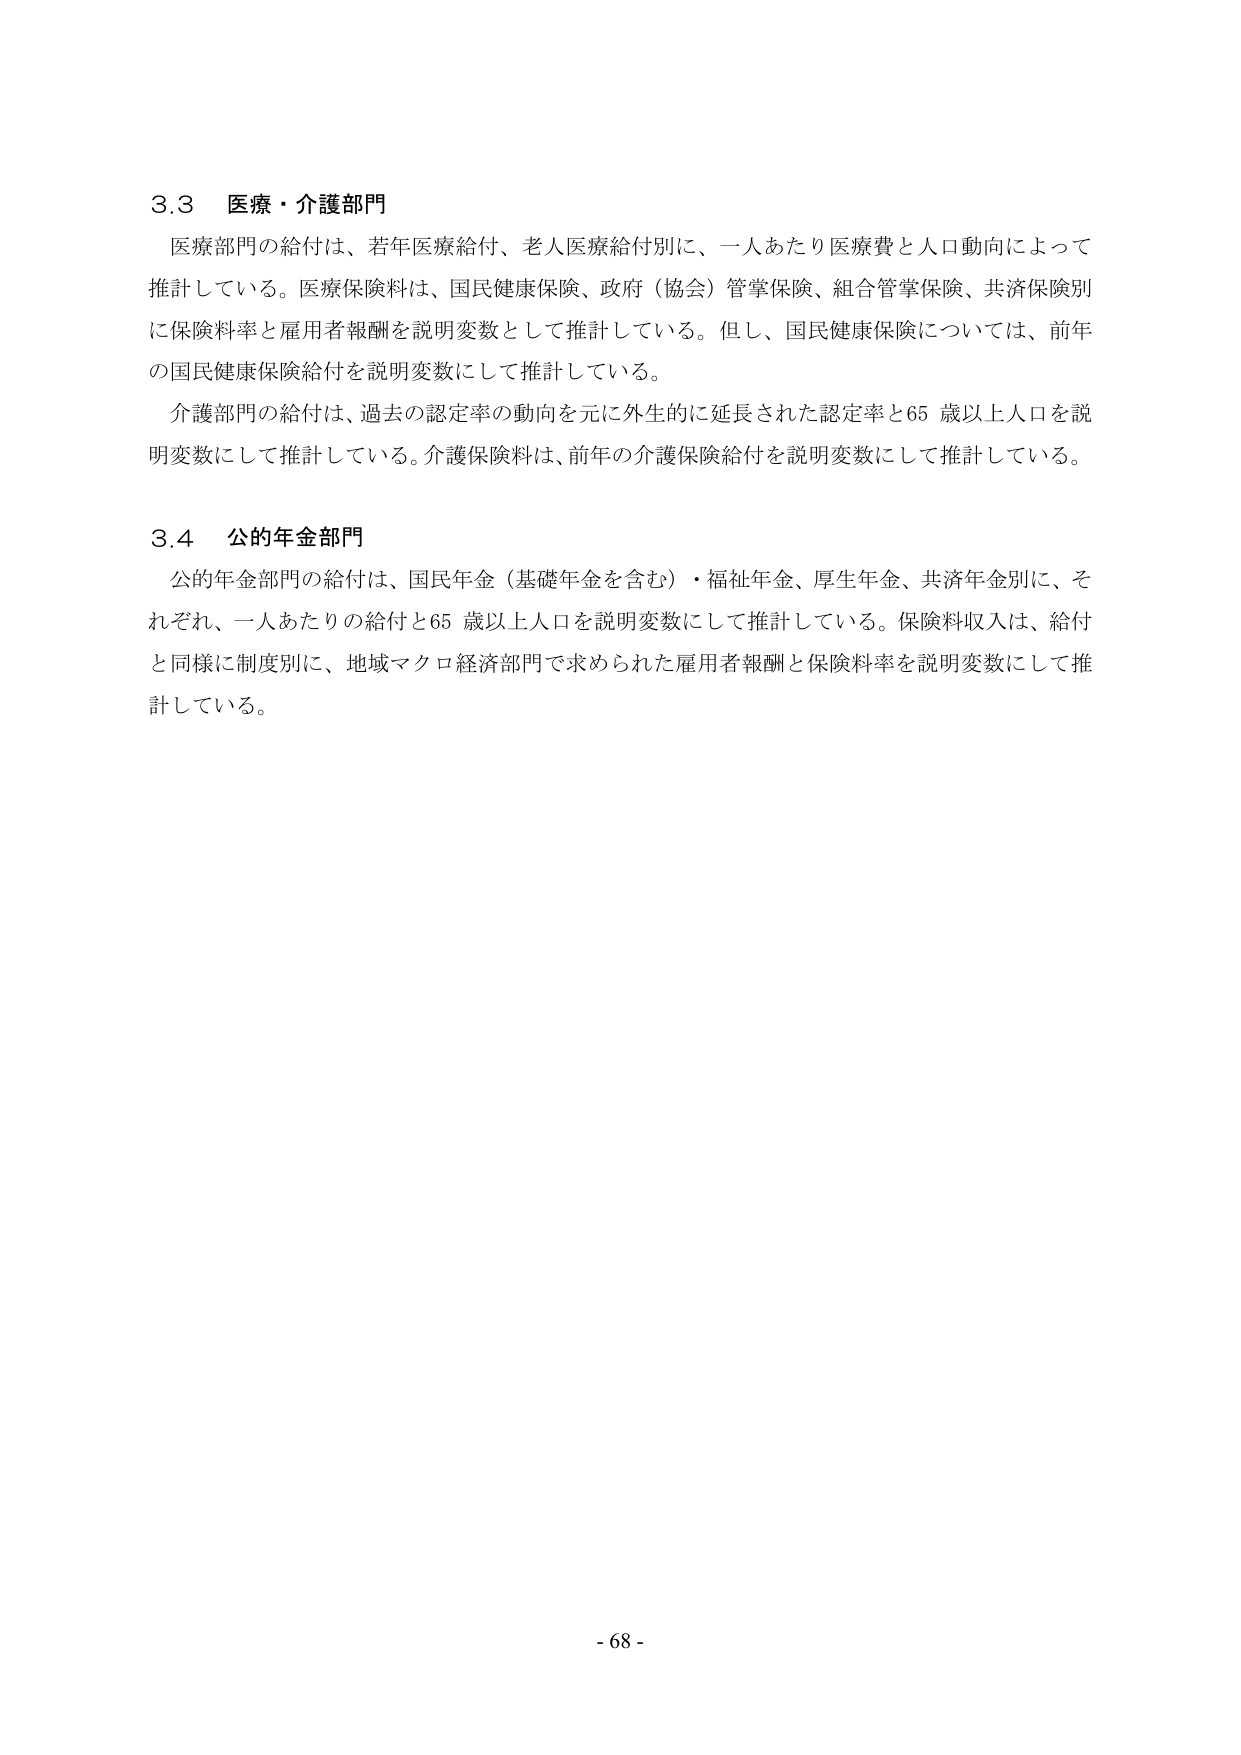
3.3 医療・介護部門
医療部門の給付は、若年医療給付、老人医療給付別に、一人あたり医療費と人口動向によって推計している。医療保険料は、国民健康保険、政府（協会）管掌保険、組合管掌保険、共済保険別に保険料率と雇用者報酬を説明変数として推計している。但し、国民健康保険については、前年の国民健康保険給付を説明変数にして推計している。
介護部門の給付は、過去の認定率の動向を元に外生的に延長された認定率と65歳以上人口を説明変数にして推計している。介護保険料は、前年の介護保険給付を説明変数にして推計している。

3.4 公的年金部門
公的年金部門の給付は、国民年金（基礎年金を含む）・福祉年金、厚生年金、共済年金別に、それぞれ、一人あたりの給付と65歳以上人口を説明変数にして推計している。保険料収入は、給付と同様に制度別に、地域マクロ経済部門で求められた雇用者報酬と保険料率を説明変数にして推計している。

- 68 -